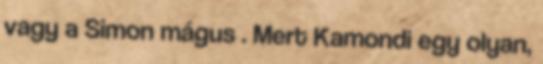
vagy a Simon mágus . Mert Kamondi egy olyan,